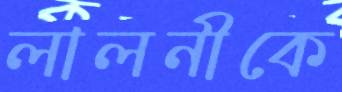
লালনীকে